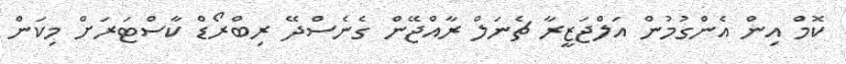
ކޮމް އިން އެންގުމުން އަލްޖަޒީރާ ޗެނަލް ރާއްޖޭން ގެނެސްދޭ ރިބްރޯޑް ކާސްޓަރަށް މިކަން